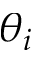
\theta _ { i }